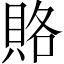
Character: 賂